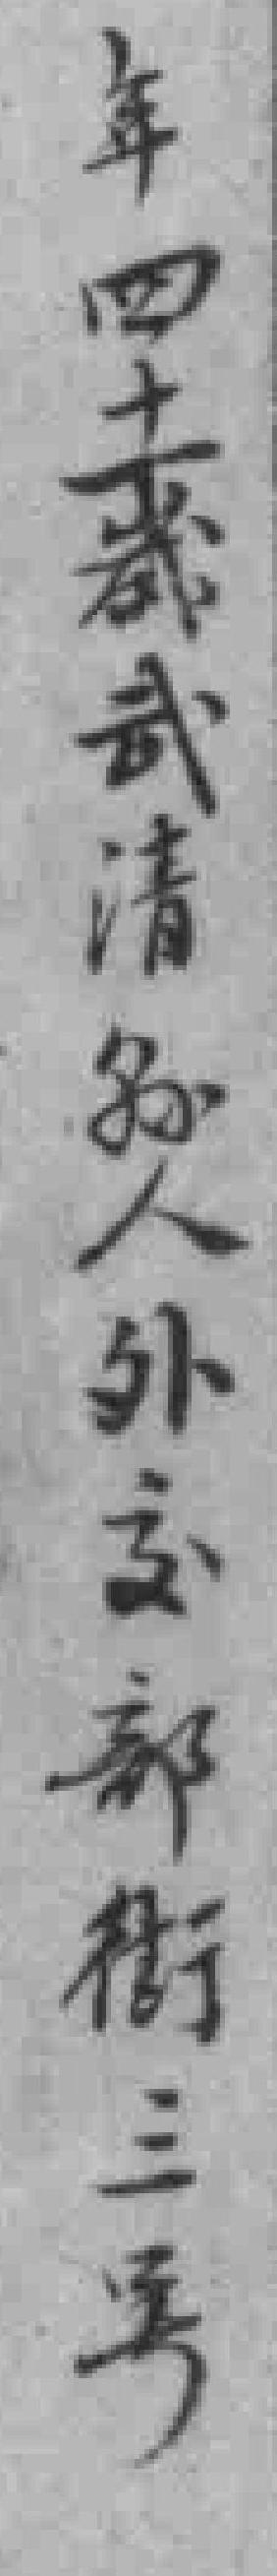
年四十一歲武清縣人外交部街三号